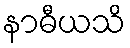
နာဓီယသိ